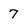
Character: 7